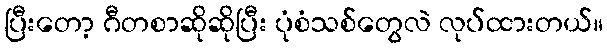
ပြီးတော့ ဂီတစာဆိုဆိုပြီး ပုံစံသစ်တွေလဲ လုပ်ထားတယ်။